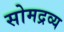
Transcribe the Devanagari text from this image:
सोमद्रव्य